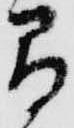
間